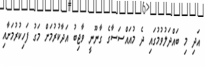
އަދި މި ބައްދަލުވުމުގައި ދެ މުއައްސަސާގެ ގާނޫނީ ވާޖިބު އަދާކުރުމަށް މަގު ފަހިކުރުމަށާއި